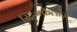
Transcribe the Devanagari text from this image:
स्ट्रिंगफैलोज़